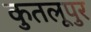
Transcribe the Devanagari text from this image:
कुतलूपुर